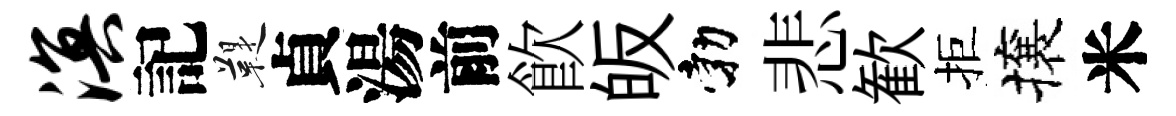
溟記鞮貞湯前飮皈勃悲歓拒攘米